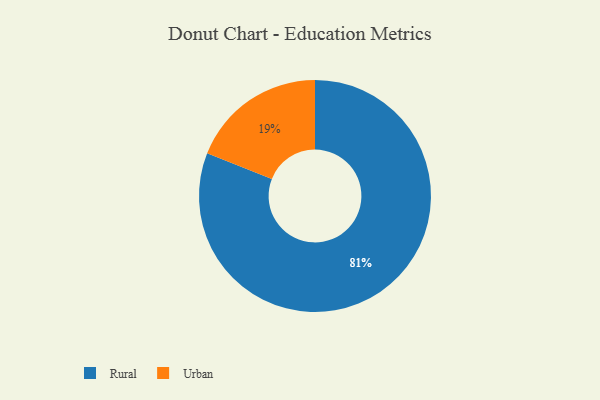
{"axis": {"x": "Category", "y": "Percentage"}, "legend": ["Rural", "Urban"], "data": [{"x": "Rural", "y": 81, "type": "Rural"}, {"x": "Urban", "y": 19, "type": "Urban"}]}